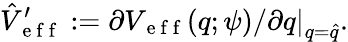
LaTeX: \hat{V}_{\mathrm{~e~f~f~}}^{\prime}:=\left.\partial V_{\mathrm{~e~f~f~}}(q;\psi)/\partial q\right\vert_{q=\hat{q}}.